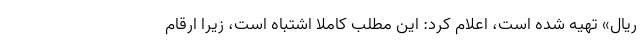
ریال» تهیه شده است، اعلام کرد: این مطلب کاملاً اشتباه است، زیرا ارقام